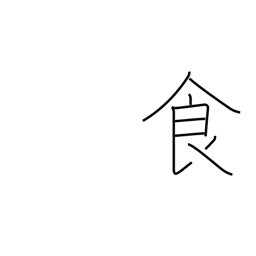
Meaning: food